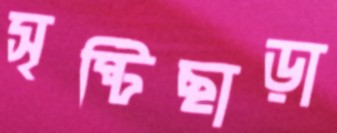
সৃষ্টিছাড়া